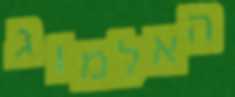
האלמוג